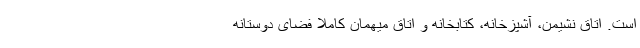
است. اتاق نشیمن، آشپزخانه، کتابخانه و اتاق میهمان کاملاً فضای دوستانه